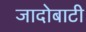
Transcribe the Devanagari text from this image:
जादोबाटी